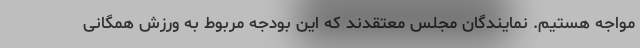
مواجه هستیم. نمایندگان مجلس معتقدند که این بودجه مربوط به ورزش همگانی